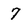
Character: 7